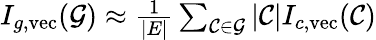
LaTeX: \begin{array}{r}{I_{g,\mathrm{vec}}(\mathcal{G})\approx\frac{1}{\left|E\right|}\sum_{\mathcal{C}\in\mathcal{G}}|\mathcal{C}|I_{c,\mathrm{vec}}(\mathcal{C})}\end{array}